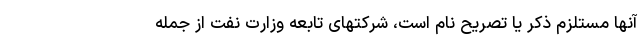
آنها مستلزم ذکر یا تصریح نام است، شرکتهای تابعه وزارت نفت از جمله